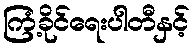
ကြံ့ခိုင်ရေးပါတီနှင့်